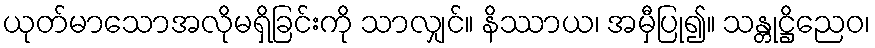
ယုတ်မာသောအလိုမရှိခြင်းကို သာလျှင်။ နိဿာယ၊ အမှီပြု၍။ သန္တုဋ္ဌိညေဝ၊